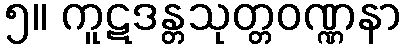
၅။ ကူဋဒန္တသုတ္တဝဏ္ဏနာ